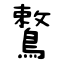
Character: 鷘